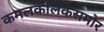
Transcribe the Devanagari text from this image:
कमलकलिकेसमोर